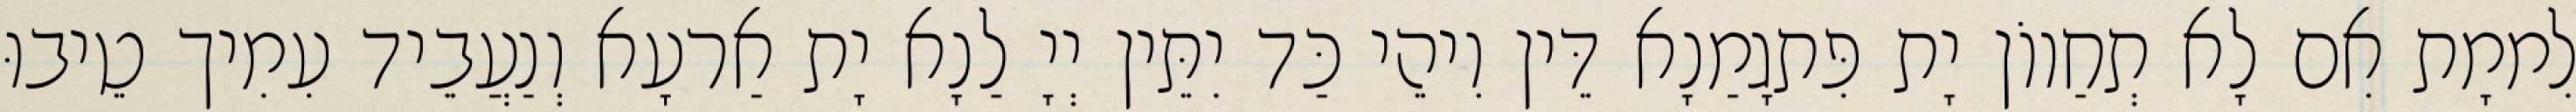
לִממָת אִם לָא תְחַווֹן יָת פִּתגָמַנָא דֵּין וִיהֵי כַּד יִתֵּין יְיָ לַנָא יָת אַרעָא וְנַעֲבֵיד עִמִיך טֵיבוּ